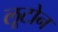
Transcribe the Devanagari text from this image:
लूटोन